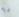
ديه